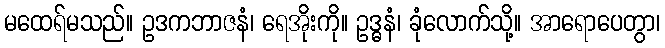
မထေရ်မသည်။ ဥဒကဘာဇနံ၊ ရေအိုးကို။ ဥဒ္ဓနံ၊ ခုံလောက်သို့။ အာရောပေတွာ၊